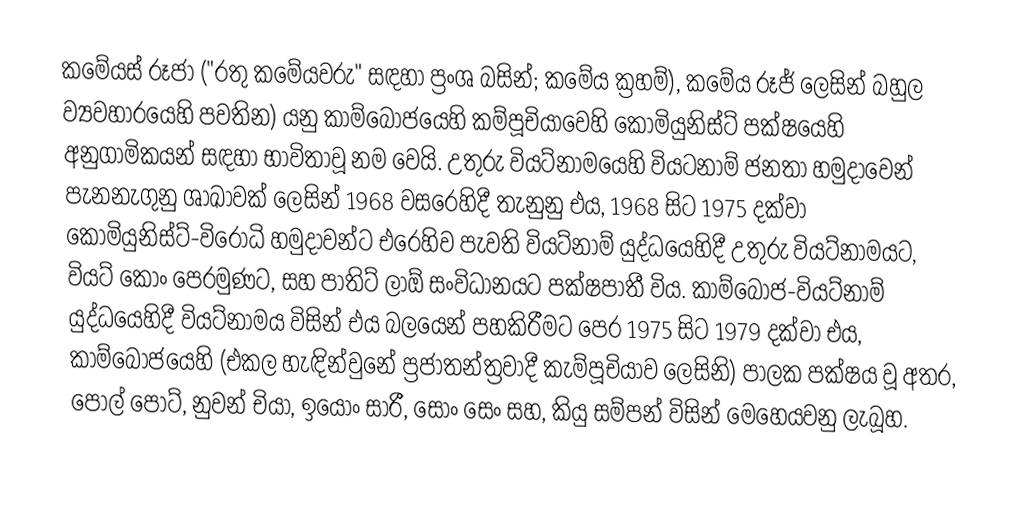
කමේයස් රූජා ("රතු කමේයවරු" සඳහා ප්‍රංශ බසින්;  කමේය ක්‍රහම්), කමේය රූජ් ලෙසින් බහුල ව්‍යවහාරයෙහි පවතින) යනු  කාම්බෝජයෙහි  කම්පූචියාවෙහි කොමියුනිස්ට් පක්ෂයෙහි අනුගාමිකයන් සඳහා භාවිතාවූ නම වෙයි. උතුරු වියට්නාමයෙහි  වියටනාම් ජනතා හමුදාවෙන් පැනනැගුනු ශාඛාවක් ලෙසින් 1968 වසරෙහිදී තැනුනු එය, 1968 සිට 1975 දක්වා කොමියුනිස්ට්-විරෝධි හමුදාවන්ට එරෙහිව පැවති වියට්නාම් යුද්ධයෙහිදී  උතුරු වියට්නාමයට, වියට් කොං පෙරමුණට, සහ පාතිට් ලාඕ සංවිධානයට පක්ෂපාතී විය. කාම්බෝජ-වියට්නාම් යුද්ධයෙහිදී වියට්නාමය විසින් එය බලයෙන් පහකිරීමට පෙර 1975 සිට 1979 දක්වා එය, කාම්බෝජයෙහි (එකල හැඳින්වුනේ ප්‍රජාතන්ත්‍රවාදී කැම්පූචියාව ලෙසිනි) පාලක පක්ෂය වූ අතර,  පොල් පොට්, නුවන් චියා, ඉයොං සාරී, සොං සෙං සහ, කියු සම්පන් විසින් මෙහෙයවනු ලැබූහ.